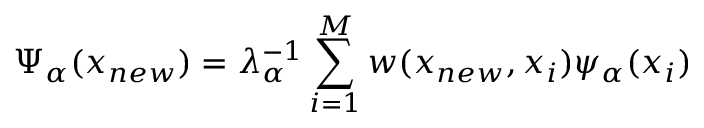
\Psi _ { \alpha } ( x _ { n e w } ) = \lambda _ { \alpha } ^ { - 1 } \sum _ { i = 1 } ^ { M } w ( x _ { n e w } , x _ { i } ) \psi _ { \alpha } ( x _ { i } )